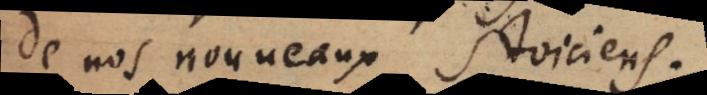
de nos nouveaux Stoiciens.